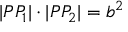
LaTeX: | P P _ { 1 } | \cdot | P P _ { 2 } | = b ^ { 2 }